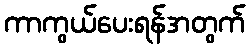
ကာကွယ်ပေးရန်အတွက်